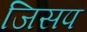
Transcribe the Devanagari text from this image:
जिसप